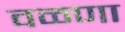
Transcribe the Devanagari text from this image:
वळणा